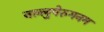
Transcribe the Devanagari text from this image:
नल्लुपेरुमनम